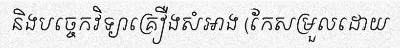
និងបច្ចេកវិទ្យាគ្រឿងសំអាង (កែសម្រួលដោយ